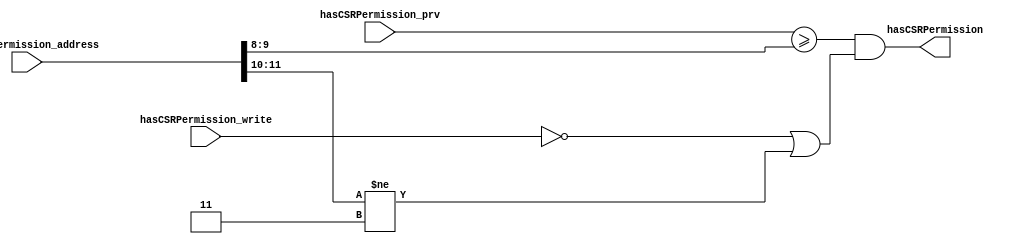
//
// Generated by Bluespec Compiler, version 2021.07-3-g8227dc97 (build 8227dc97)
//
// On Fri Sep  3 12:08:18 PDT 2021
//
//
// Ports:
// Name                         I/O  size props
// hasCSRPermission               O     1
// hasCSRPermission_address       I    12
// hasCSRPermission_write         I     1
// hasCSRPermission_prv           I     2
//
// Combinational paths from inputs to outputs:
//   (hasCSRPermission_address,
//    hasCSRPermission_write,
//    hasCSRPermission_prv) -> hasCSRPermission
//
//

`ifdef BSV_ASSIGNMENT_DELAY
`else
  `define BSV_ASSIGNMENT_DELAY
`endif

`ifdef BSV_POSITIVE_RESET
  `define BSV_RESET_VALUE 1'b1
  `define BSV_RESET_EDGE posedge
`else
  `define BSV_RESET_VALUE 1'b0
  `define BSV_RESET_EDGE negedge
`endif

module module_hasCSRPermission(hasCSRPermission_address,
			       hasCSRPermission_write,
			       hasCSRPermission_prv,
			       hasCSRPermission);
  // value method hasCSRPermission
  input  [11 : 0] hasCSRPermission_address;
  input  hasCSRPermission_write;
  input  [1 : 0] hasCSRPermission_prv;
  output hasCSRPermission;

  // signals for module outputs
  wire hasCSRPermission;

  // value method hasCSRPermission
  assign hasCSRPermission =
	     hasCSRPermission_prv >= hasCSRPermission_address[9:8] &&
	     (!hasCSRPermission_write ||
	      hasCSRPermission_address[11:10] != 2'b11) ;
endmodule  // module_hasCSRPermission